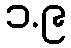
၁.၉